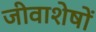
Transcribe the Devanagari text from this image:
जीवाशेषों